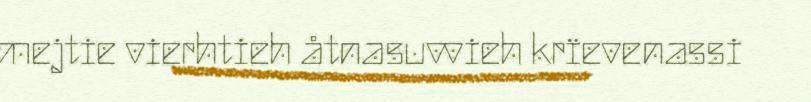
mejtie vierhtieh åtnasuvvieh krïevenassi